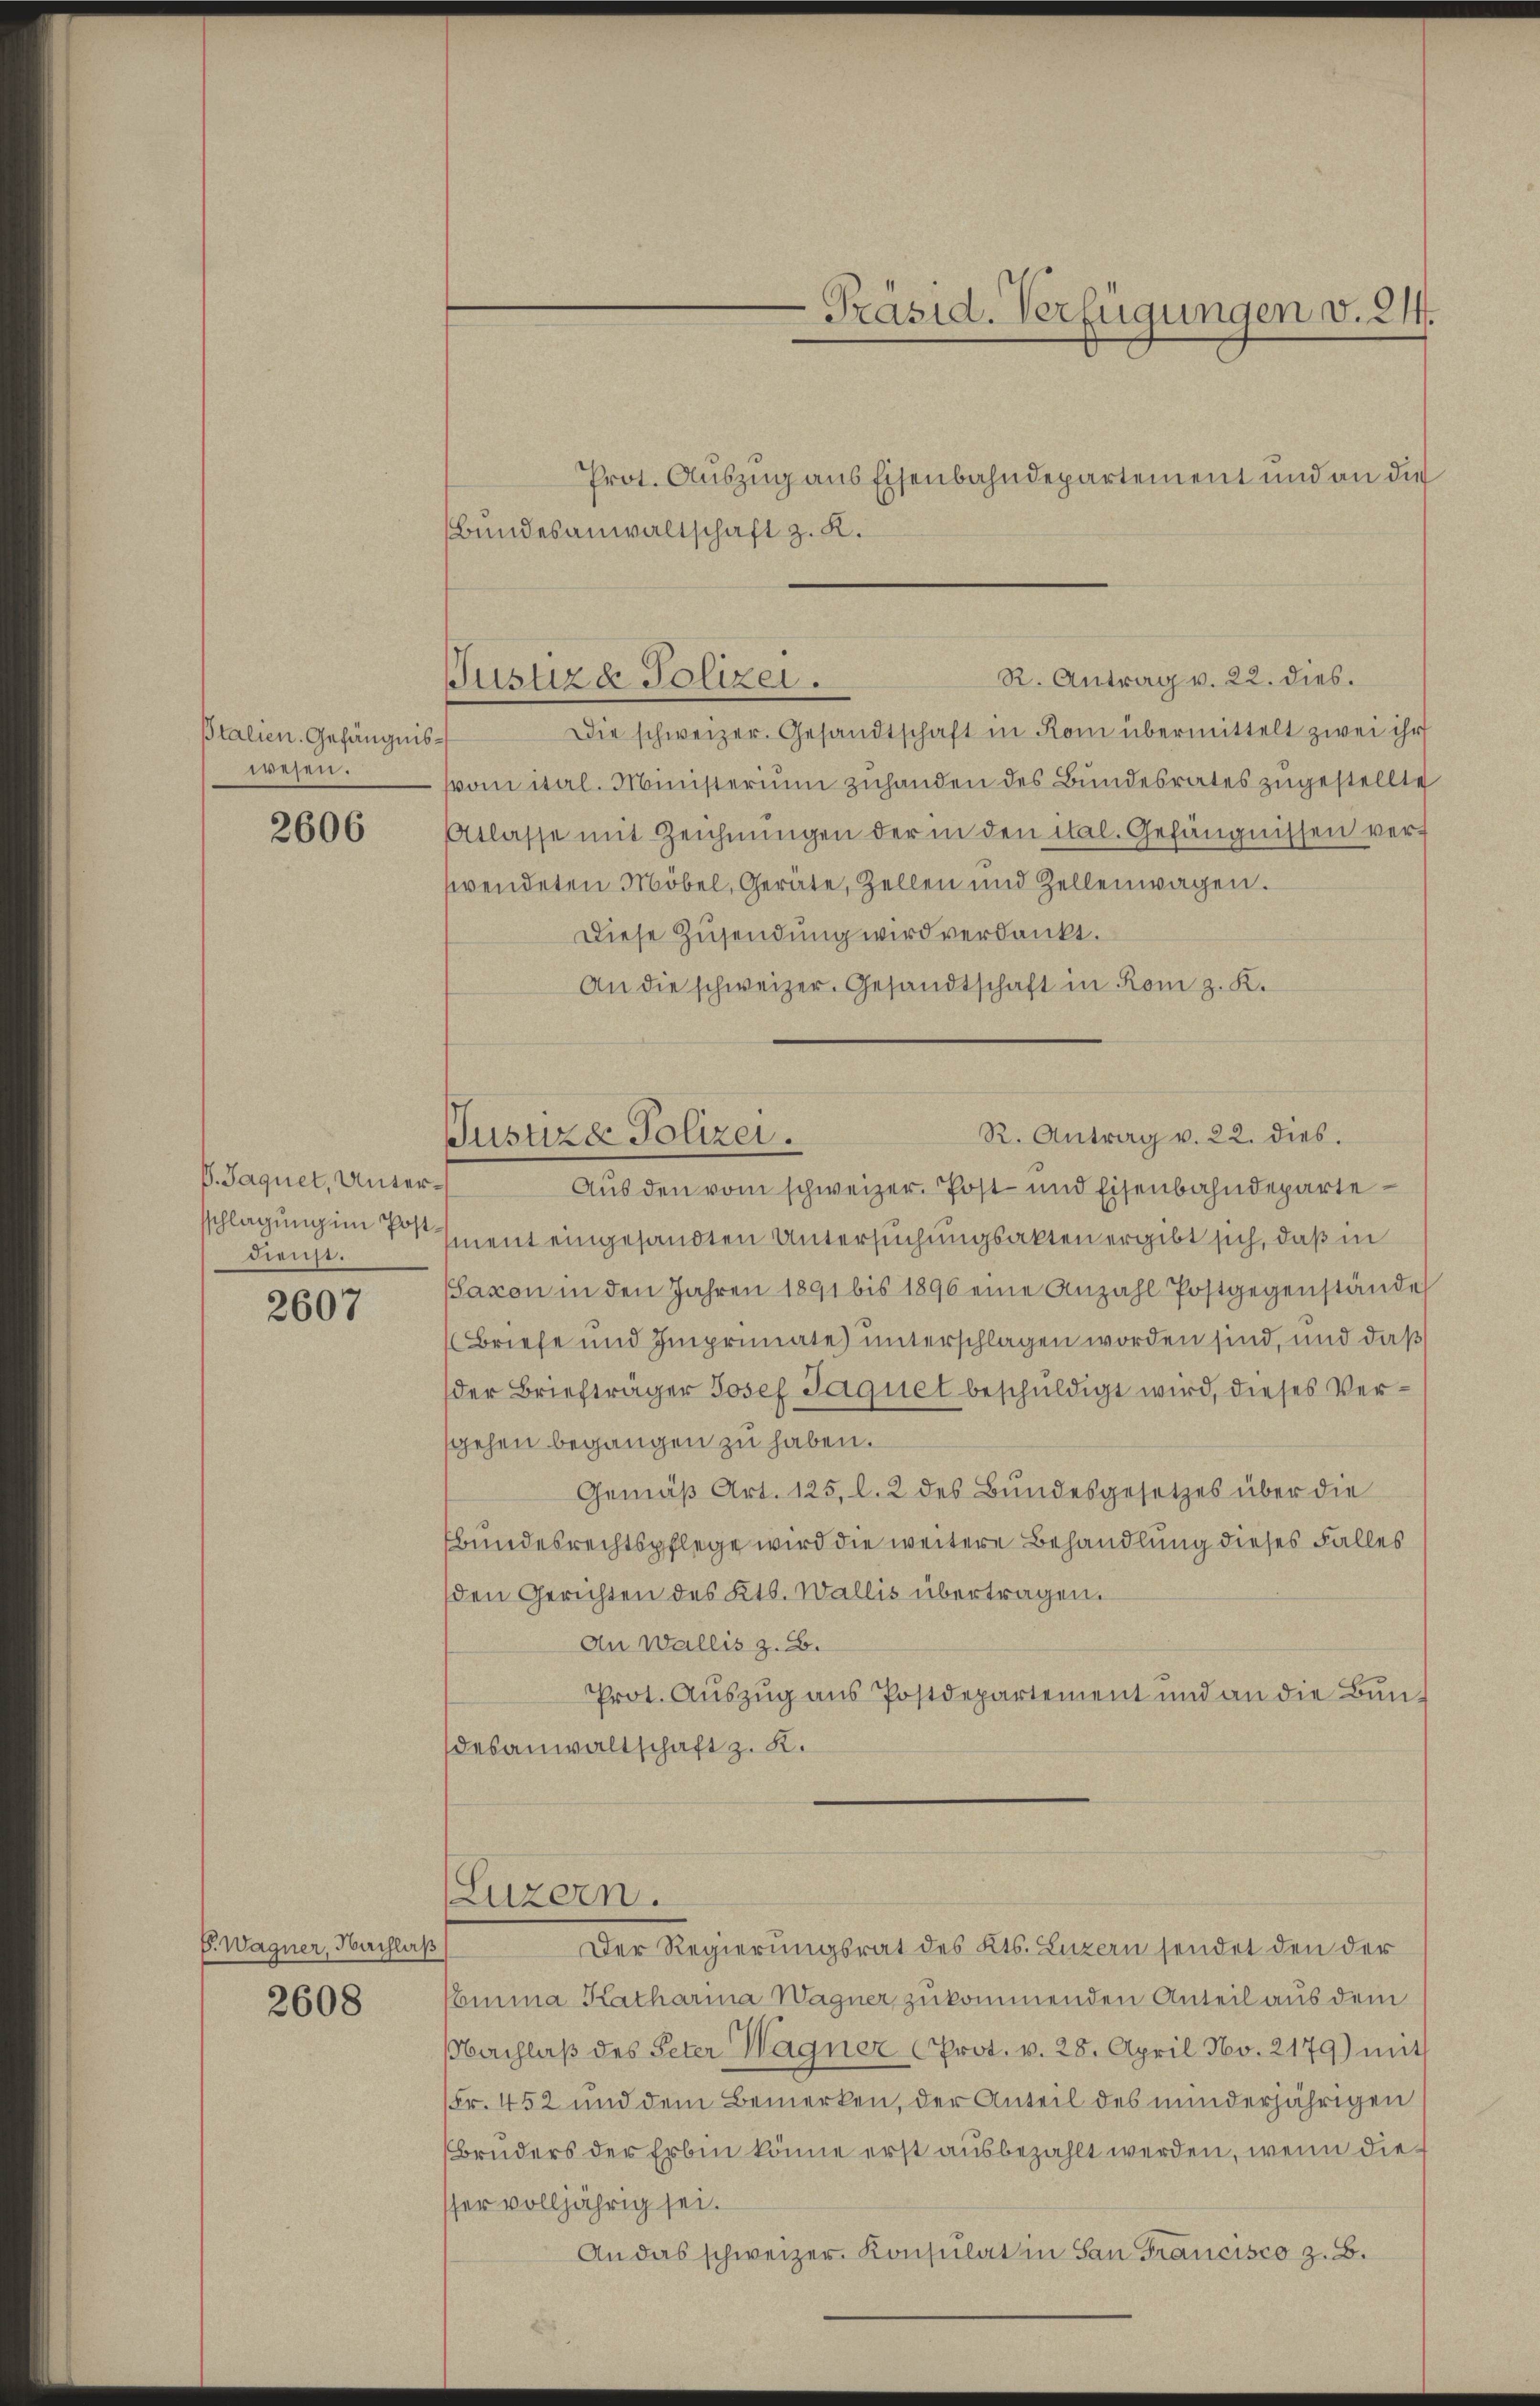
Bralien. Gefängniswesen.

2606

V. Jaquet, Unterdienst.

2607

V. Wagner, Nachlaß
2608

Präsid. Verfügungen v. 211.

Prot. Auszug aus Eisenbahndepartement und an die
Bundesanwaltschaft z. K.

R. Antrag v. 22. dies.
Justizde Polizei.

Die schweizer. Gesandtschaft in Rom übermittelt zwei ihr
vom ital. Ministerium zuhanden des Bundesrates zugestellte
Atlasse mit Zeichnŭngen der in den ital. Gefängnissen verf
swendeten Möbel, Geräte, Zellen und Zellenwagen.
Diese Zusendung wird verdankt.
An die schweizer. Gesandtschaft in Rom z. K.
R. Antrag v. 22. dies.
Aus den vom schweizer. Post- und Eisenbahndepartesschlagung im ment eingesandten Untersuchungsakten ergibt sich, daß in
Saxon in den Jahren 1891 bis 1896 eine Anzahl Postgegenstände
Briefe und Imprimate) unterschlagen worden sind, und daß
der Briefträger Josef Jaquet beschuldigt wird, dieses Versgehen begangen zu haben.
Gemäß Art. 125, l. 2 des Bundesgesetzes über die
Bbundesrechtspflege wird die weitere Behandlung dieses Falles
den Gerichten des Kts. Wallis übertragen.
An Wallis z. B.
Prot. Aŭszŭg ans Postdepartement und an die Bŭn-
desanwaltschaft z. K.

Justizd Polizei.

(Luzern.

Der Regierungsrat des Kts. Luzern sendet den der
Emma Katharina Wagner zukommenden Anteil aus dem
Nachlaß des Peter Wagner Prot. v. 28. April No. 2179) mit
(Fr. 452 und dem Bemerken, der Anteil des minderjährigen
Bruders der Erbin könne erst ausbezahlt werden, wenn diesser volljährig sei.
An das schweizer Konsulat in San Francisco z. B.